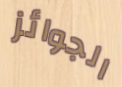
الجوائز